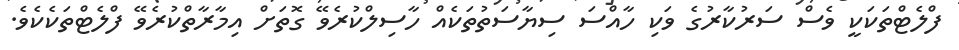
ފްލެޓްތަކަކީ ވެސް ސަރުކާރުގެ ވަކި ހާއްސަ ސިޔާސަތުތަކެއް ހާސިލްކުރެވޭ ގޮތަށް އިމާރާތްކުރެވޭ ފްލެޓްތަކެކެވެ.